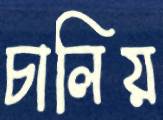
চালিয়